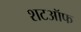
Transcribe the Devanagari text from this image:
शटऑफ